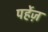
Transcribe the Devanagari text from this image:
पर्हेज़